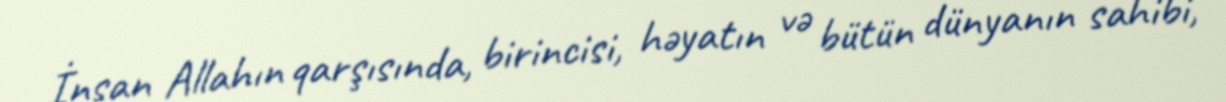
İnsan Allahın qarşısında, birincisi, həyatın və bütün dünyanın sahibi,